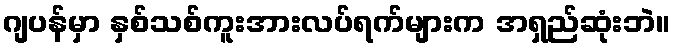
ဂျပန်မှာ နှစ်သစ်ကူးအားလပ်ရက်များက အရှည်ဆုံးဘဲ။